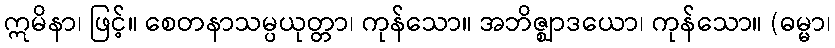
ဣမိနာ၊ ဖြင့်။ စေတနာသမ္ပယုတ္တာ၊ ကုန်သော။ အဘိဇ္ဈာဒယော၊ ကုန်သော။ (ဓမ္မာ၊